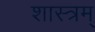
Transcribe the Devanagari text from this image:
शास्त्रम्